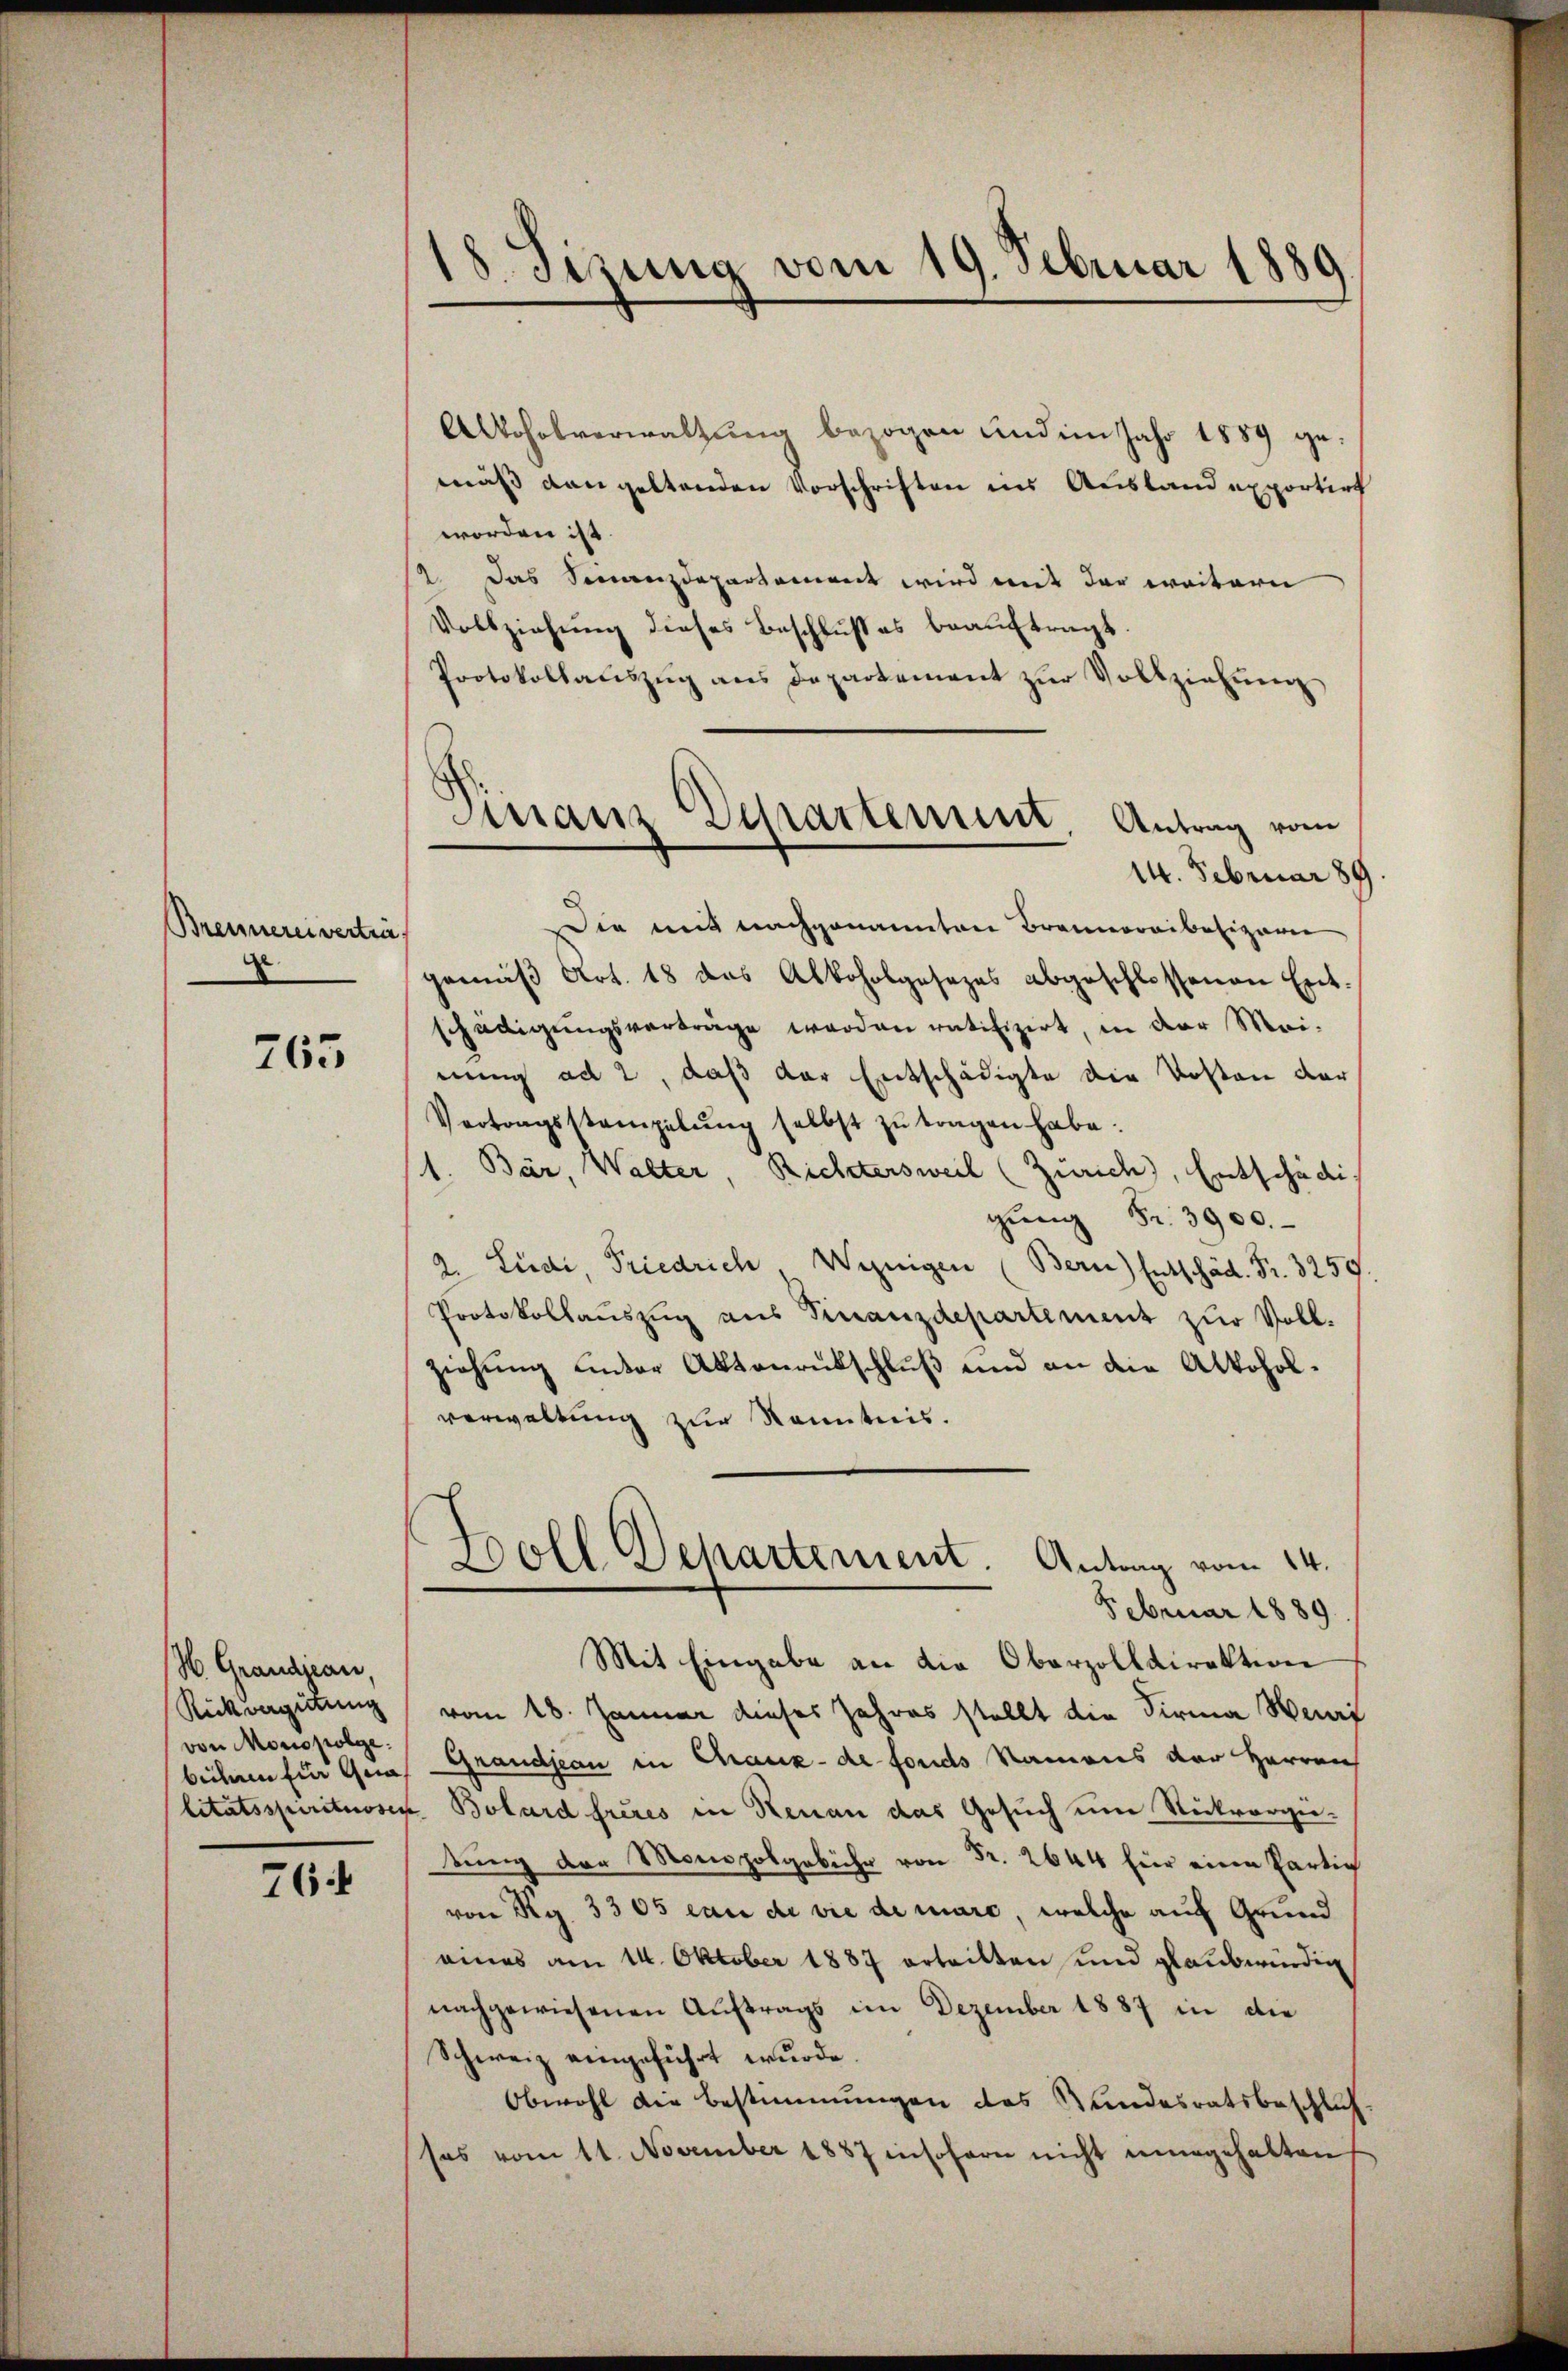
Brennereivertra
.

765

H. Grandjean,
Rückvergütung
von Monopolge:
biihren für Gra

76

18. Sizung vom 19. Februar 1889

Finanz Departement Antrag vom
14. Februar 189

Alkoholverwaltung bezogen und im Jahr 1889 gemäß dan geltenden Vorschriften ins Ausland exportirt
worden ist.
2. Das Finanzdepartement wird mit der weitern
Vollziehung dieses Beschlußes beauftragt
Protokollaŭszŭg ans Departement zŭr Vollziehŭng
Die mit nachgenannten Brannoraibeliparei
gemäβ Art. 18 das Alkoholgesezes abgeschlossenen Ent-
schädigungsverträge werden ratifizirt, in der Mei-
nung ad 2, daß der Entschädigte die Kosten dar
Vertragsstampelŭng selbst zŭ tragen habe.
1. Bär, Walter, Richtersweil (Zürich, Entschädi
gŭng Fr. 3900.
2. Ludi, Friedrich, Wenigen (Bern) Entschäd. Fr. 3259.
Protokollauszug aus Finanzdepartement zur Voll-
ziehung under Aktenrutschluß und an die Alkoholverwaltung zur Kenntnis.
Doll Departement. Antrag vom 14.
Februar 1889
Mit Eingabe an die Oberzolldirektion
vom 18. Januar dieses Jahres stellt die Firma Wenig
Grandjean in Chaux-de-Fonds Namens der Herren
litätsspirituosen Bolard frères in Neuan das Gesuch um Stickvorgetung der Monopolgebühr von Fr. 2644 für eine Partig
von Rg. 3305 can de vie de marc, welche auf Grund
eines am 14. Oktober 1887 erteilten und glaubwürdig
nachgewiesenen Auftrags im Dezember 1887 in die
Schweiz eingeführt wurde.
Obwohl die Bestimmungen des Stundesratsbeschluß
sas vom 11. November 1887 insofern nicht ungehalten